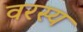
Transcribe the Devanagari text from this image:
वरस्य